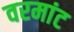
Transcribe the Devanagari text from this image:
वरमांट